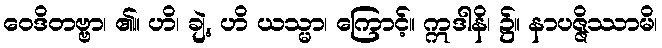
ဝေဒိတဗ္ဗာ၊ ၏။ ဟိ၊ ချဲ့, ဟိ ယသ္မာ၊ ကြောင့်။ ဣဒါနိ၊ ၌။ နာပဇ္ဇိဿာမိ၊